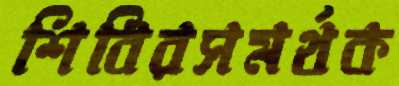
শিবিরসমর্থক